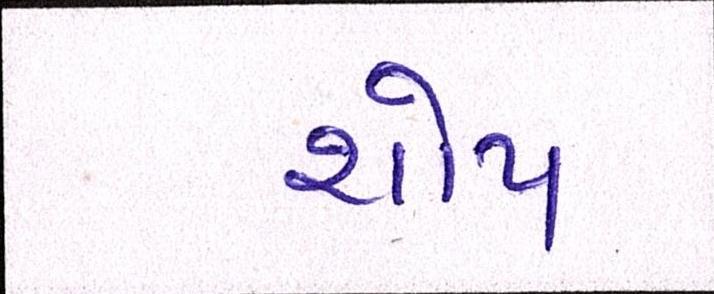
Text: શોપ